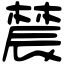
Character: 辳